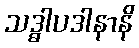
သဒ္ဓါပဒါနာနိ